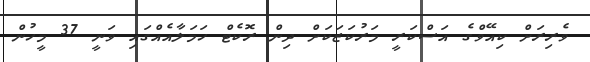
ވެރިރަށް ކިއޭވްގެ އަސްކަރީ މަރުކަޒަކަށް ދިން ރޮކެޓް ހަމަލާއެއްގައި ވަނީ 37 މީހުން